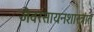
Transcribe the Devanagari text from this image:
जैवरसायनशास्त्रात